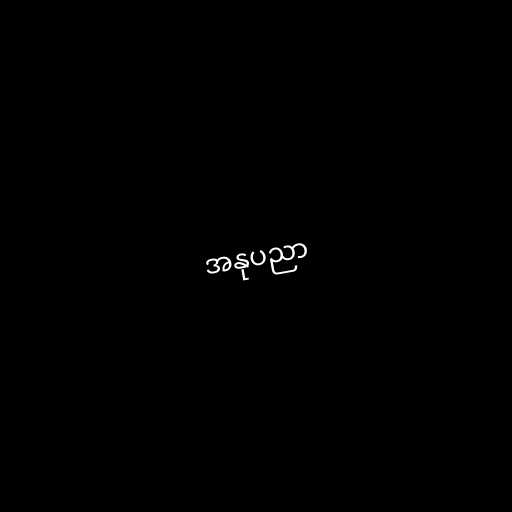
အနုပညာ